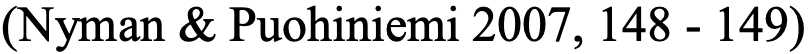
(Nyman & Puohiniemi 2007, 148 - 149)